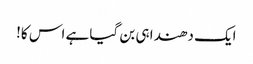
ایک دھندا ہی بن گیا ہے اس کا!